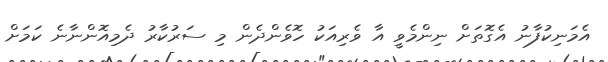
އެމަނިކުފާނު އެގޮތަށް ނިންމެވީ އާ ވެރިއަކު ހޮވެންދެން މި ސަރުކާރު ދެމިއޮންނާނެ ކަމަށް